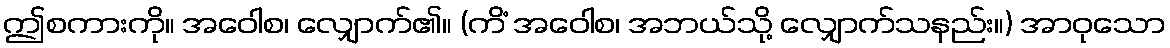
ဤစကားကို။ အဝေါစ၊ လျှောက်၏။ (ကိံ အဝေါစ၊ အဘယ်သို့ လျှောက်သနည်း။) အာဝုသော